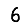
Digit: 6